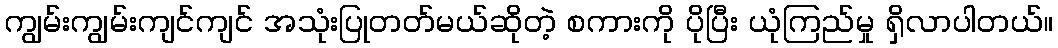
ကျွမ်းကျွမ်းကျင်ကျင် အသုံးပြုတတ်မယ်ဆိုတဲ့ စကားကို ပိုပြီး ယုံကြည်မှု ရှိလာပါတယ်။